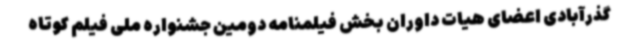
گذرآبادی اعضای هیات داوران بخش فیلمنامه دومین جشنواره ملی فیلم کوتاه